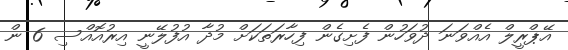
އޭޕްރީލް އެއްވަނަ ދުވަހުން ފެށިގެން ފިހާރަތަކަށް މުދާ އުފުލޭނީ އިރުއޮއްސި 6 ން